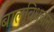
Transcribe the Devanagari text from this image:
बालविधवांना